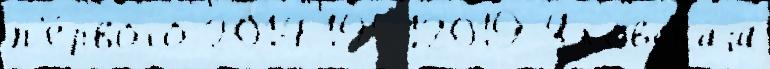
п'е́рвого 2014 19512019 Яковскаjа